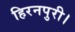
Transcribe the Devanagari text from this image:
हिरनपुरी।